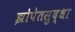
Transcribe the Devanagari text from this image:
झोपेतसुद्धा